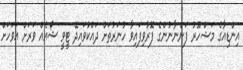
އިންޑިއާގެ މަޝްހޫރު ފަންނާނުންގެ ފޮރުވިފައިވާ ހުނަރުތަށް ދައްކުވައިދޭ ޓީވީ ޝޯއެއް ވަރަށް އަވަހަށް